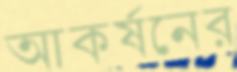
আকর্ষনের